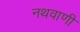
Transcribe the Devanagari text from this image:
नथवाणी